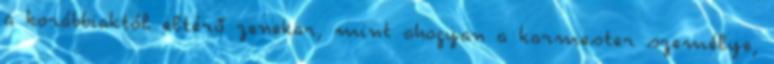
a korábbiaktól eltérő zenekar, mint ahogyan a karmester személye,